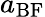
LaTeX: a_{\mathrm{BF}}